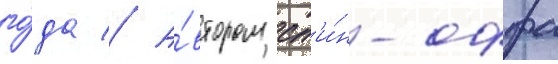
го́да // А́втором сп'и́н-оффа